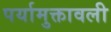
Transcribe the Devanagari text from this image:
पर्यामुक्तावली